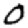
Digit: 0